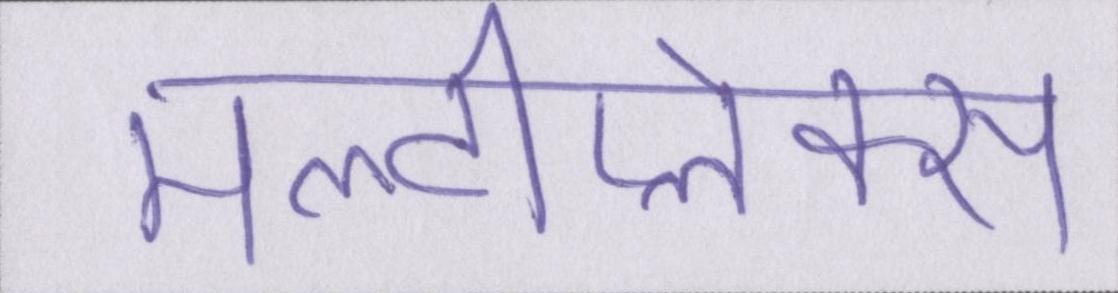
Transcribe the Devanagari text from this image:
मल्टीप्लेक्स